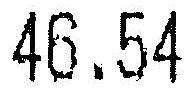
46.54